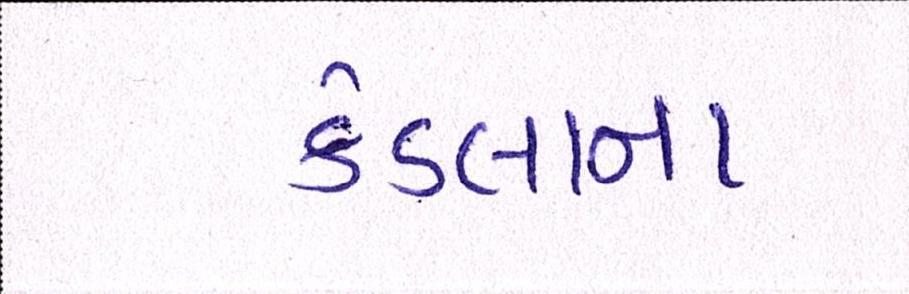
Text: કંડલાના